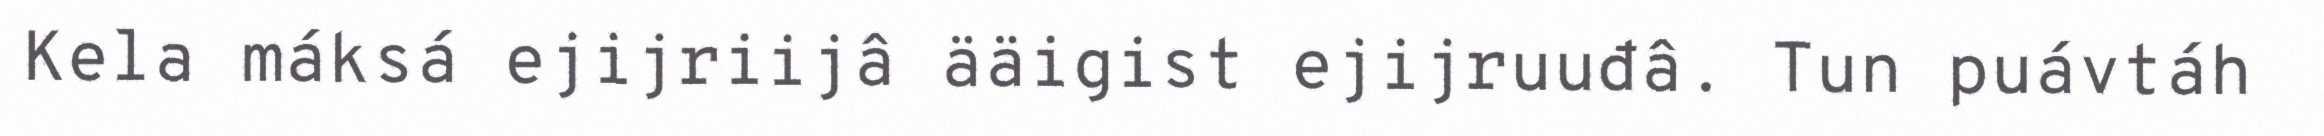
Kela máksá ejijriijâ ääigist ejijruuđâ. Tun puávtáh